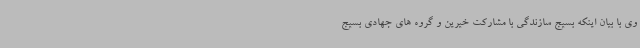
وی با بیان اینکه بسیج سازندگی با مشارکت خیرین و گروه های جهادی بسیج